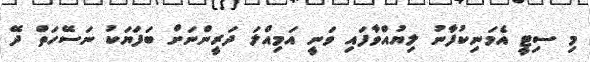
މި ސިޓީ އެމަނިކުފާނު ލިޔުއްވާފައި ވަނީ އަމިއްލަ ދަރީންނަށް ބަފަޔަކު ނަސޭހަތް ދޭ